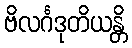
ဗိလင်္ဂဒုတိယန္တိ